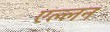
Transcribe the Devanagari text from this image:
एल्लन